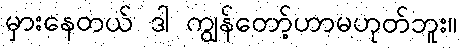
မှားနေတယ် ဒါ ကျွန်တော့်ဟာမဟုတ်ဘူး။